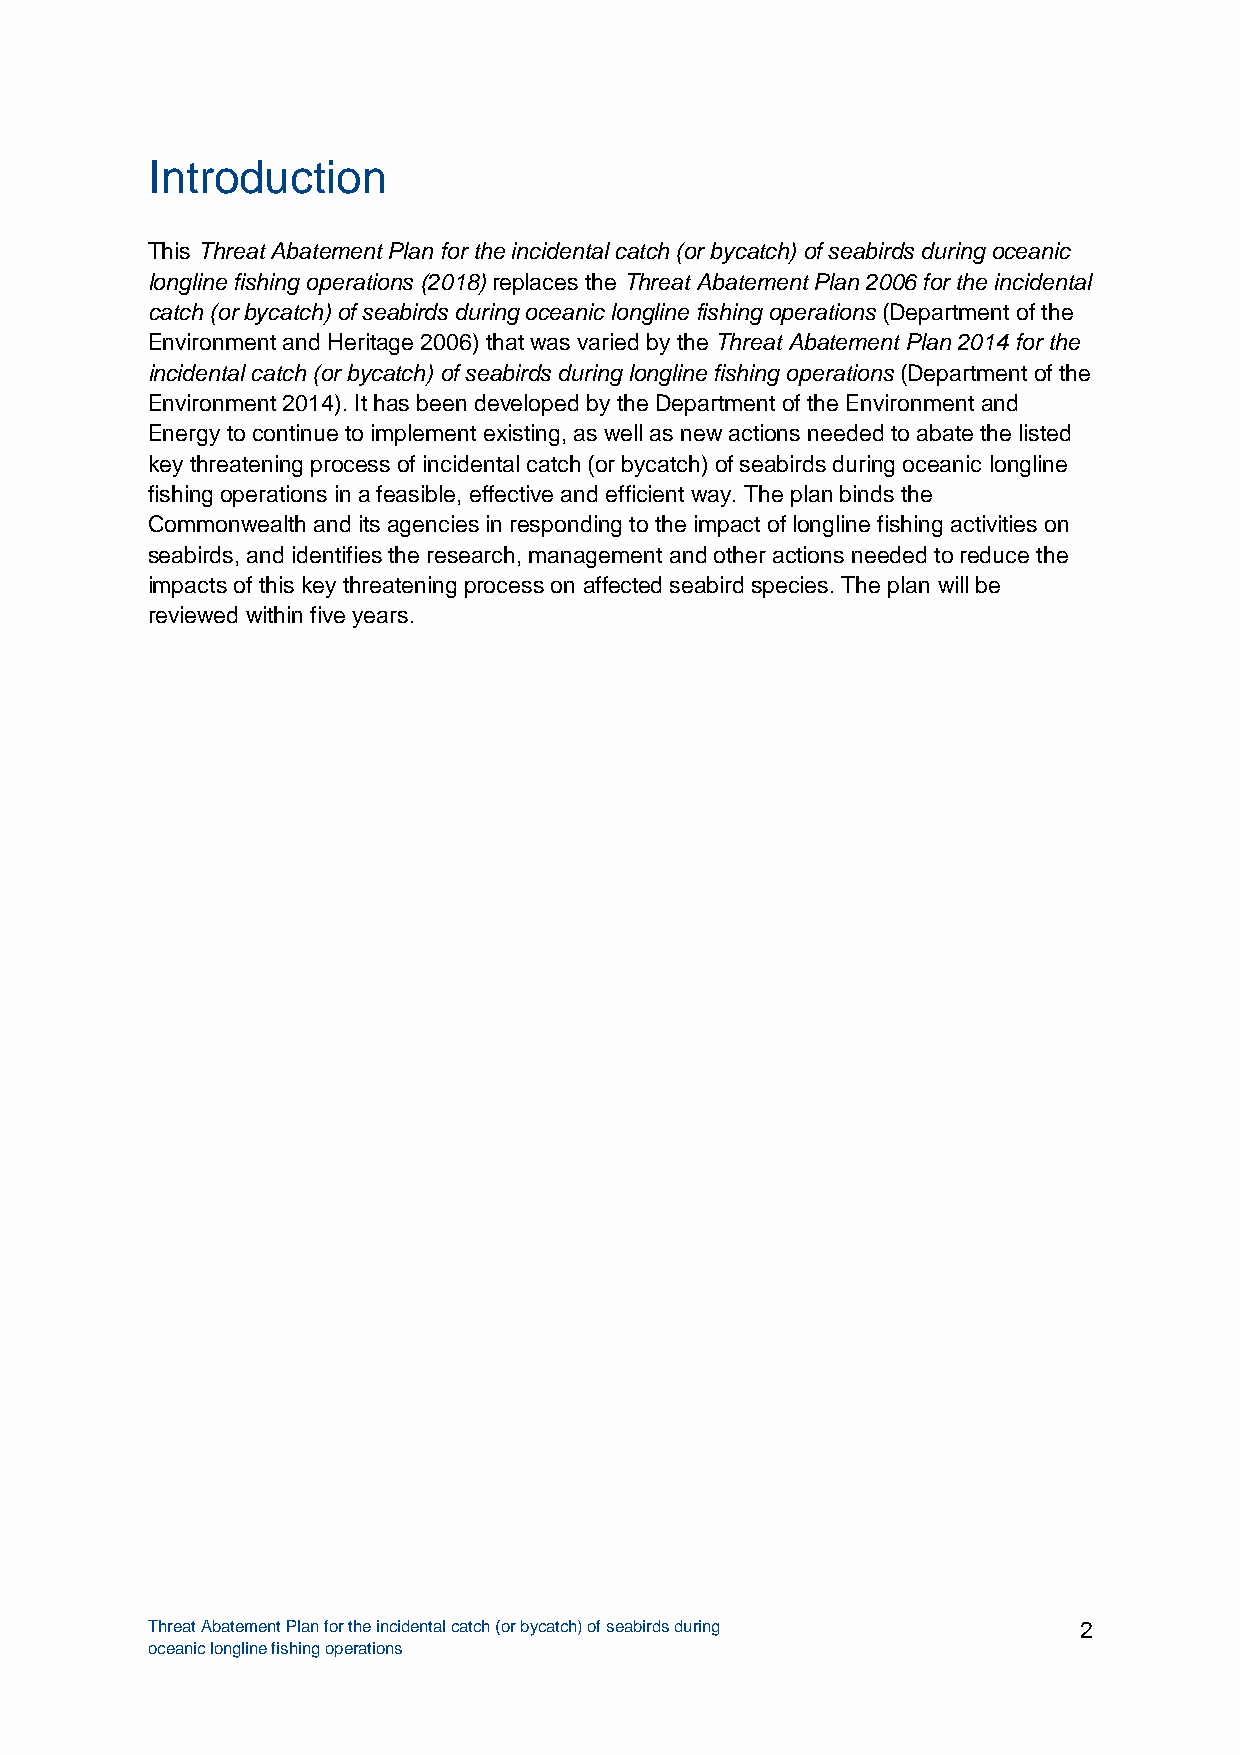
Introduction
 This Threat Abatement Plan for the incidental catch (or bycatch) of seabirds during oceanic
 longline fishing operations (2018) replaces the Threat Abatement Plan 2006 for the incidental
 catch (or bycatch) of seabirds during oceanic longline fishing operations (Department of the
 Environment and Heritage 2006) that was varied by the Threat Abatement Plan 2014 for the
 incidental catch (or bycatch) of seabirds during longline fishing operations (Department of the
 Environment 2014). It has been developed by the Department of the Environment and
 Energy to continue to implement existing, as well as new actions needed to abate the listed
 key threatening process of incidental catch (or bycatch) of seabirds during oceanic longline
 fishing operations in a feasible, effective and efficient way. The plan binds the
 Commonwealth and its agencies in responding to the impact of longline fishing activities on
 seabirds, and identifies the research, management and other actions needed to reduce the
 impacts of this key threatening process on affected seabird species. The plan will be
 reviewed within five years.
 Threat Abatement Plan for the incidental catch (or bycatch) of seabirds during 2
 oceanic longline fishing operations